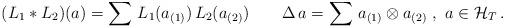
LaTeX: \begin{align*}(L_1 * L_2) (a) = \sum \, L_1 (a_{(1)}) \, L_2 (a_{(2)}) \qquad \Delta \, a = \sum \, a_{(1)} \otimes a_{(2)} \ , \ a \in {\cal H}_T \, . \end{align*}